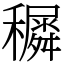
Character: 𥣡